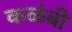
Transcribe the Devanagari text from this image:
कळंबी